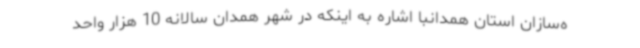
ه‌سازان استان همدانبا اشاره به اینکه در شهر همدان سالانه 10 هزار واحد